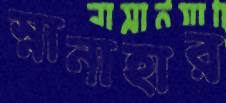
স্নানাহার